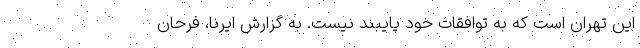
این تهران است که به توافقات خود پایبند نیست. به گزارش ایرنا، فرحان